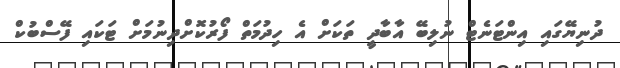
ދުނިޔޭގައި އިންޓަނެޓް ނުލިބޭ އާބާދީ ތަކަށް އެ ހިދުމަތް ފޯރުކޮށްދިނުމަށް ޓަކައި ފޭސްބުކް